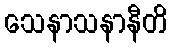
သေနာသနာနီတိ